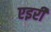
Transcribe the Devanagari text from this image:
एइरी